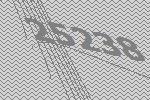
25238